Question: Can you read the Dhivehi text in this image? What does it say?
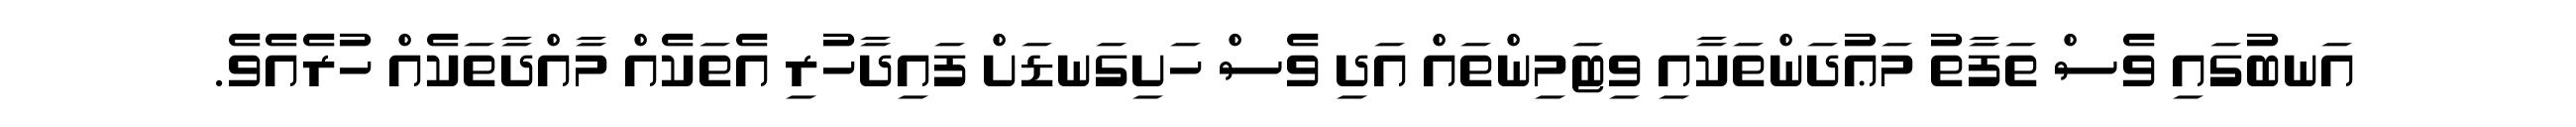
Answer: އަނބުގައި ވެސް ތަފާތު މަޢުދަންތަކާއި ވިޓަމިންތައް އަދި ވެސް ހަށިގަނޑަށް ފައިދާހުރި އެތަކެއް މާއްދާތަކެއް ހުރެއެވެ.